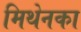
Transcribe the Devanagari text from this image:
मिथेनका